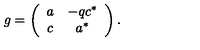
g = \left( \begin{array} { c c } { a } & { - q c ^ { * } } \\ { c } & { a ^ { * } } \\ \end{array} \right) .